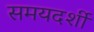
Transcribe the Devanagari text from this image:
समयदर्शी